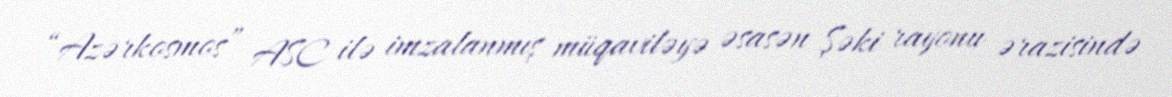
“Azərkosmos” ASC ilə imzalanmış müqaviləyə əsasən Şəki rayonu ərazisində